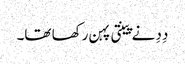
دِدِ نے پینتی پہن رکھا تھا۔